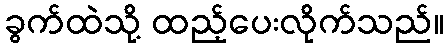
ခွက်ထဲသို့ ထည့်ပေးလိုက်သည်။